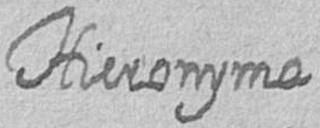
Hieronyma